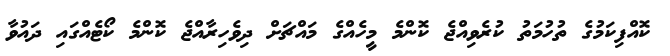
ކޮއްފިކަމުގެ ތުހުމަތު ކުރެވިއްޖެ ކޮންމެ މީހެއްގެ މައްޗަށް ދިވެހިރާއްޖެ ކޮންމެ ކޯޓެއްގައި ދައުވާ